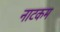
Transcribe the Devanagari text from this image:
नाटकम